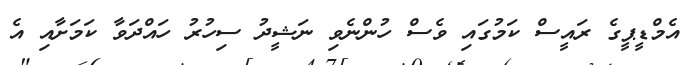
އެމްޑީޕީގެ ރައީސް ކަމުގައި ވެސް ހުންނެވި ނަޝީދު ސިހުރު ހައްދަވާ ކަމަށާއި އެ